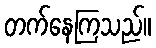
တက်နေကြသည်။